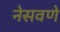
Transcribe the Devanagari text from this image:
नेसवणे